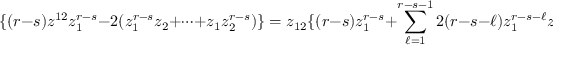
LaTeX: \{ ( r - s ) z ^ { 1 2 } z _ { 1 } ^ { r - s } - 2 ( z _ { 1 } ^ { r - s } z _ { 2 } + \cdots + z _ { 1 } z _ { 2 } ^ { r - s } ) \} = z _ { 1 2 } \{ ( r - s ) z _ { 1 } ^ { r - s } + \sum _ { \ell = 1 } ^ { r - s - 1 } 2 ( r - s - \ell ) z _ { 1 } ^ { r - s - \ell } z _ { 2 } ^ { \ell } \} \, .